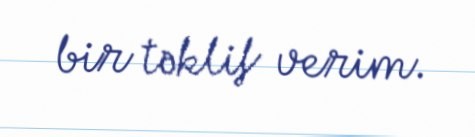
bir təklif verim.